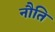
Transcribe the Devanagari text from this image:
नौति